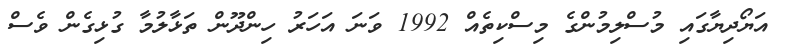
އަޔޯދިޔާގައި މުސްލިމުންގެ މިސްކިތެއް 1992 ވަނަ އަހަރު ހިންދޫން ތަޅާލުމާ ގުޅިގެން ވެސް